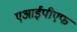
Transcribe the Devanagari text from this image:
एआईपीएफ